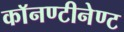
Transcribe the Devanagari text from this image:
काॅनण्टीनेण्ट